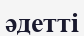
әдетті